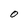
Character: O